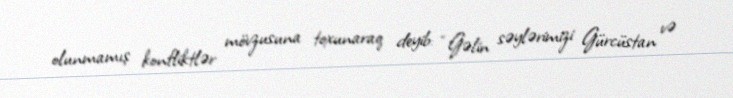
olunmamış konfliktlər mövzusuna toxunaraq deyib: “Gəlin səylərimizi Gürcüstan və